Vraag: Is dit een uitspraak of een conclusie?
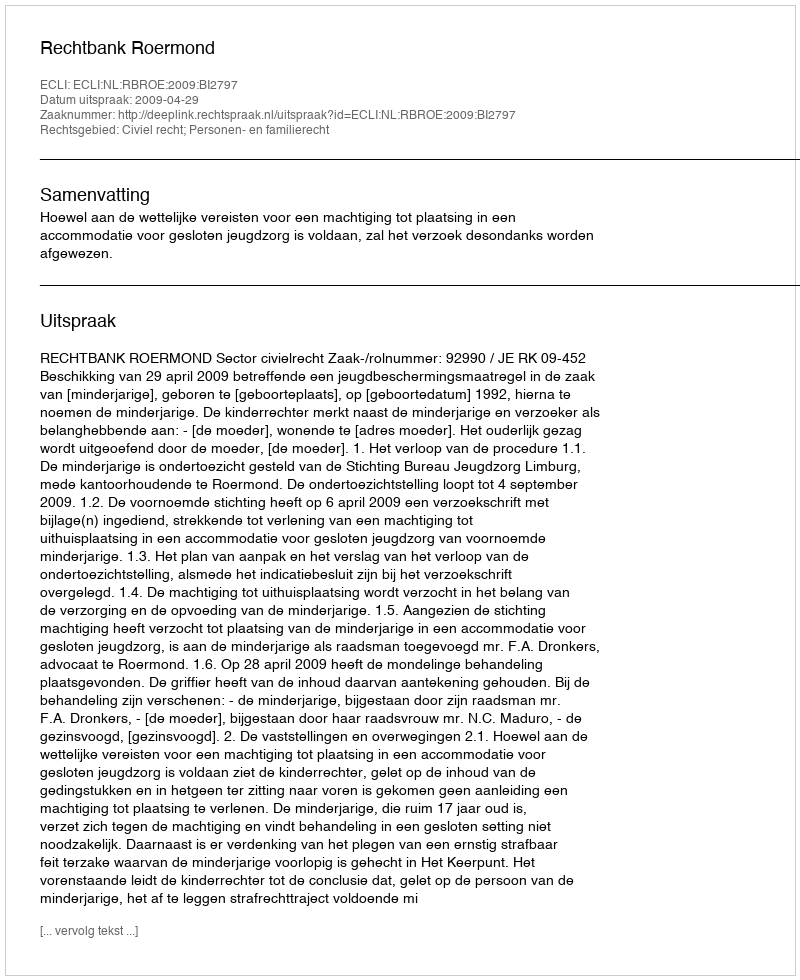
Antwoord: Uitspraak